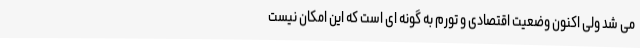
می شد ولی اکنون وضعیت اقتصادی و تورم به گونه ای است که این امکان نیست